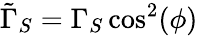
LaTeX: \tilde{\Gamma}_{S}=\Gamma_{S}\cos^{2}(\phi)